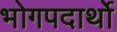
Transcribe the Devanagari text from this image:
भोगपदार्थो